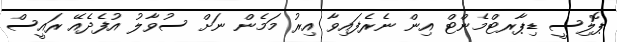
ޕޮލިސީ ޑިޕާރޓްމެންޓް އިން ނެރެފައިވާ އިރު މަމެން ނަށް ސުވާލު އުފެދެއޭ ރައީސް